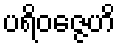
ပရိဝဇ္ဇေဟိ